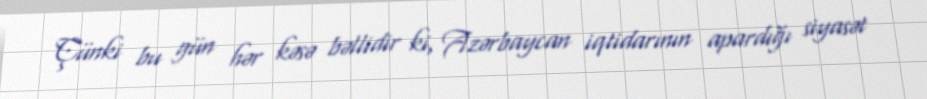
Çünki bu gün hər kəsə bəllidir ki, Azərbaycan iqtidarının apardığı siyasət